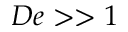
D e > > 1